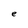
Character: e